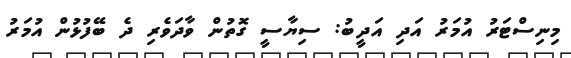
މިނިސްޓަރު އުމަރު އަދި އަދީބު: ސިޔާސީ ގޮތުން ވާދަވެރި ދެ ބޭފުޅުން އުމަރު